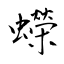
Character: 蠑